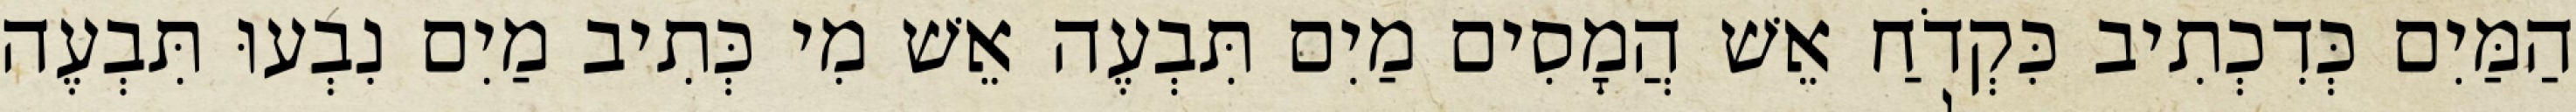
הַמַּיִם כְּדִכְתִיב כִּקְדֹחַ אֵשׁ הֲמָסִים מַיִם תִּבְעֶה אֵשׁ מִי כְּתִיב מַיִם נִבְעוּ תִּבְעֶה